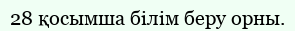
28 қосымша білім беру орны.